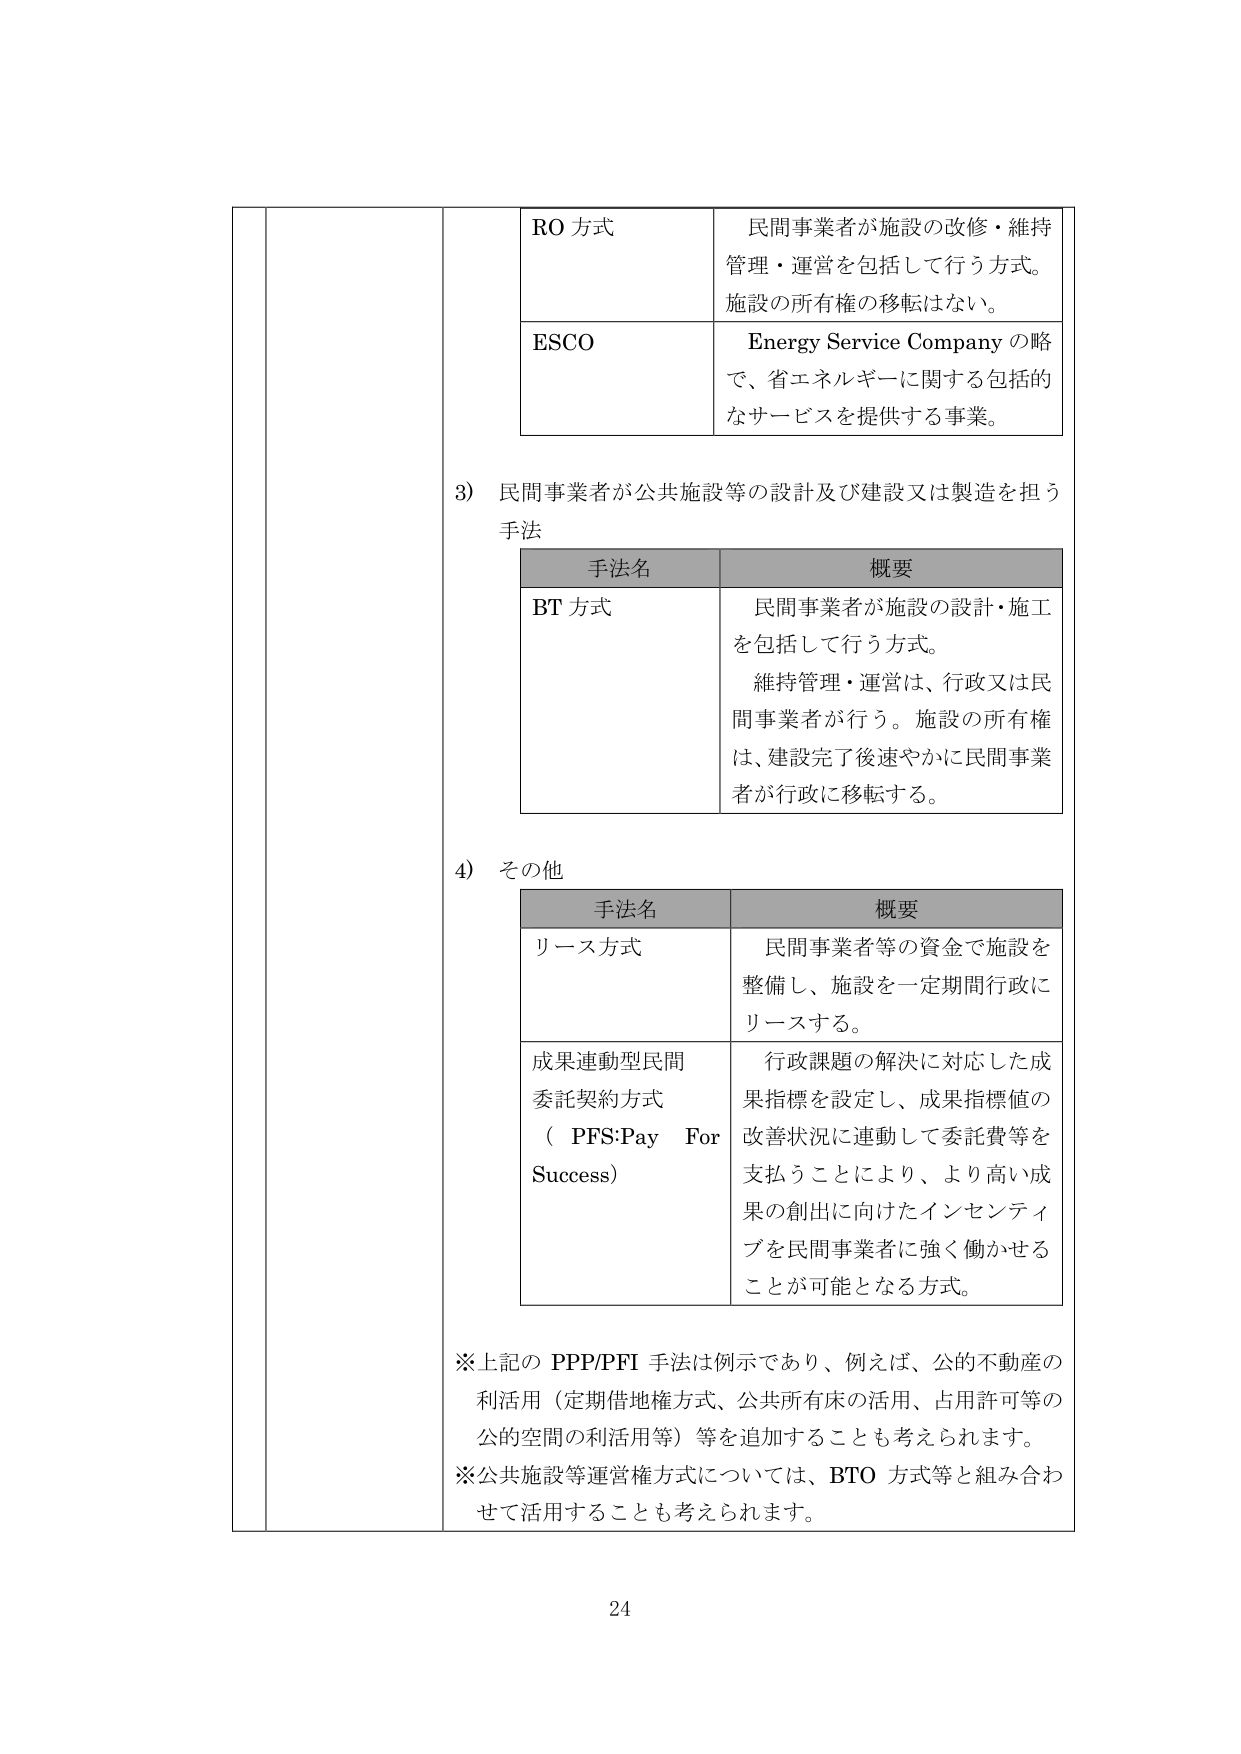
RO 方式
民間事業者が施設の改修・維持管理・運営を包括して行う方式。施設の所有権の移転はない。

ESCO
Energy Service Company の略で、省エネルギーに関する包括的なサービスを提供する事業。

3) 民間事業者が公共施設等の設計及び建設又は製造を担う手法

手法名　　　　　　　概要
BT 方式　　　　　　民間事業者が施設の設計・施工を包括して行う方式。維持管理・運営は、行政又は民間事業者が行う。施設の所有権は、建設完了後速やかに民間事業者が行政に移転する。

4) その他

手法名　　　　　　　概要
リース方式　　　　民間事業者等の資金で施設を整備し、施設を一定期間行政にリースする。
成果連動型民間委託契約方式（PFS:Pay For Success）　行政課題の解決に対応した成果指標を設定し、成果指標値の改善状況に連動して委託費等を支払うことにより、より高い成果の創出に向けたインセンティブを民間事業者に強く働かせることが可能となる方式。

※上記の PPP/PFI 手法は例示であり、例えば、公的不動産の利活用（定期借地権方式、公共所有床の活用、占用許可等の公的空間の利活用等）等を追加することも考えられます。
※公共施設等運営権方式については、BTO 方式等と組み合わせて活用することも考えられます。

24